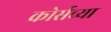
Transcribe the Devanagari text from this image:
कोर्सच्या